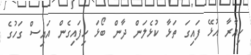
ކިއާރާ އުޅޭ ފައިގަ ތަޅާ ކުޅެލަން ދާން ބޯޅަ ހިފައިގެން އައިސް ގަހުގެ